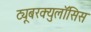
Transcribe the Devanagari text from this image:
ट्यूबरक्युलॉसिस